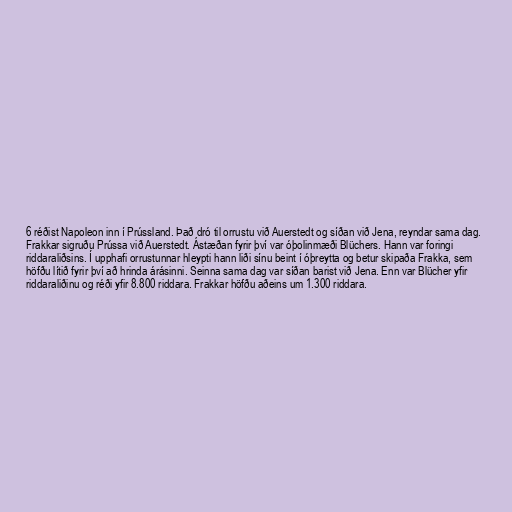
6 réðist Napoleon inn í Prússland. Það dró til orrustu við Auerstedt og síðan við Jena, reyndar sama dag.
Frakkar sigruðu Prússa við Auerstedt. Ástæðan fyrir því var óþolinmæði Blüchers. Hann var foringi
riddaraliðsins. Í upphafi orrustunnar hleypti hann liði sínu beint í óþreytta og betur skipaða Frakka, sem
höfðu lítið fyrir því að hrinda árásinni. Seinna sama dag var síðan barist við Jena. Enn var Blücher yfir
riddaraliðinu og réði yfir 8.800 riddara. Frakkar höfðu aðeins um 1.300 riddara.